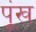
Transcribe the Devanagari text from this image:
पूंख